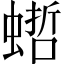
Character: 𧎴